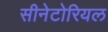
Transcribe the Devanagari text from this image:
सीनेटोरियल